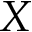
X